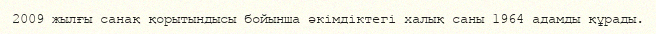
2009 жылғы санақ қорытындысы бойынша әкімдіктегі халық саны 1964 адамды құрады.